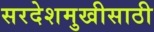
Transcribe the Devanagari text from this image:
सरदेशमुखीसाठी